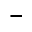
^ -